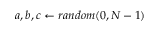
\quad { a , b , c \gets r a n d o m ( 0 , N - 1 ) }